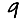
Digit: 9